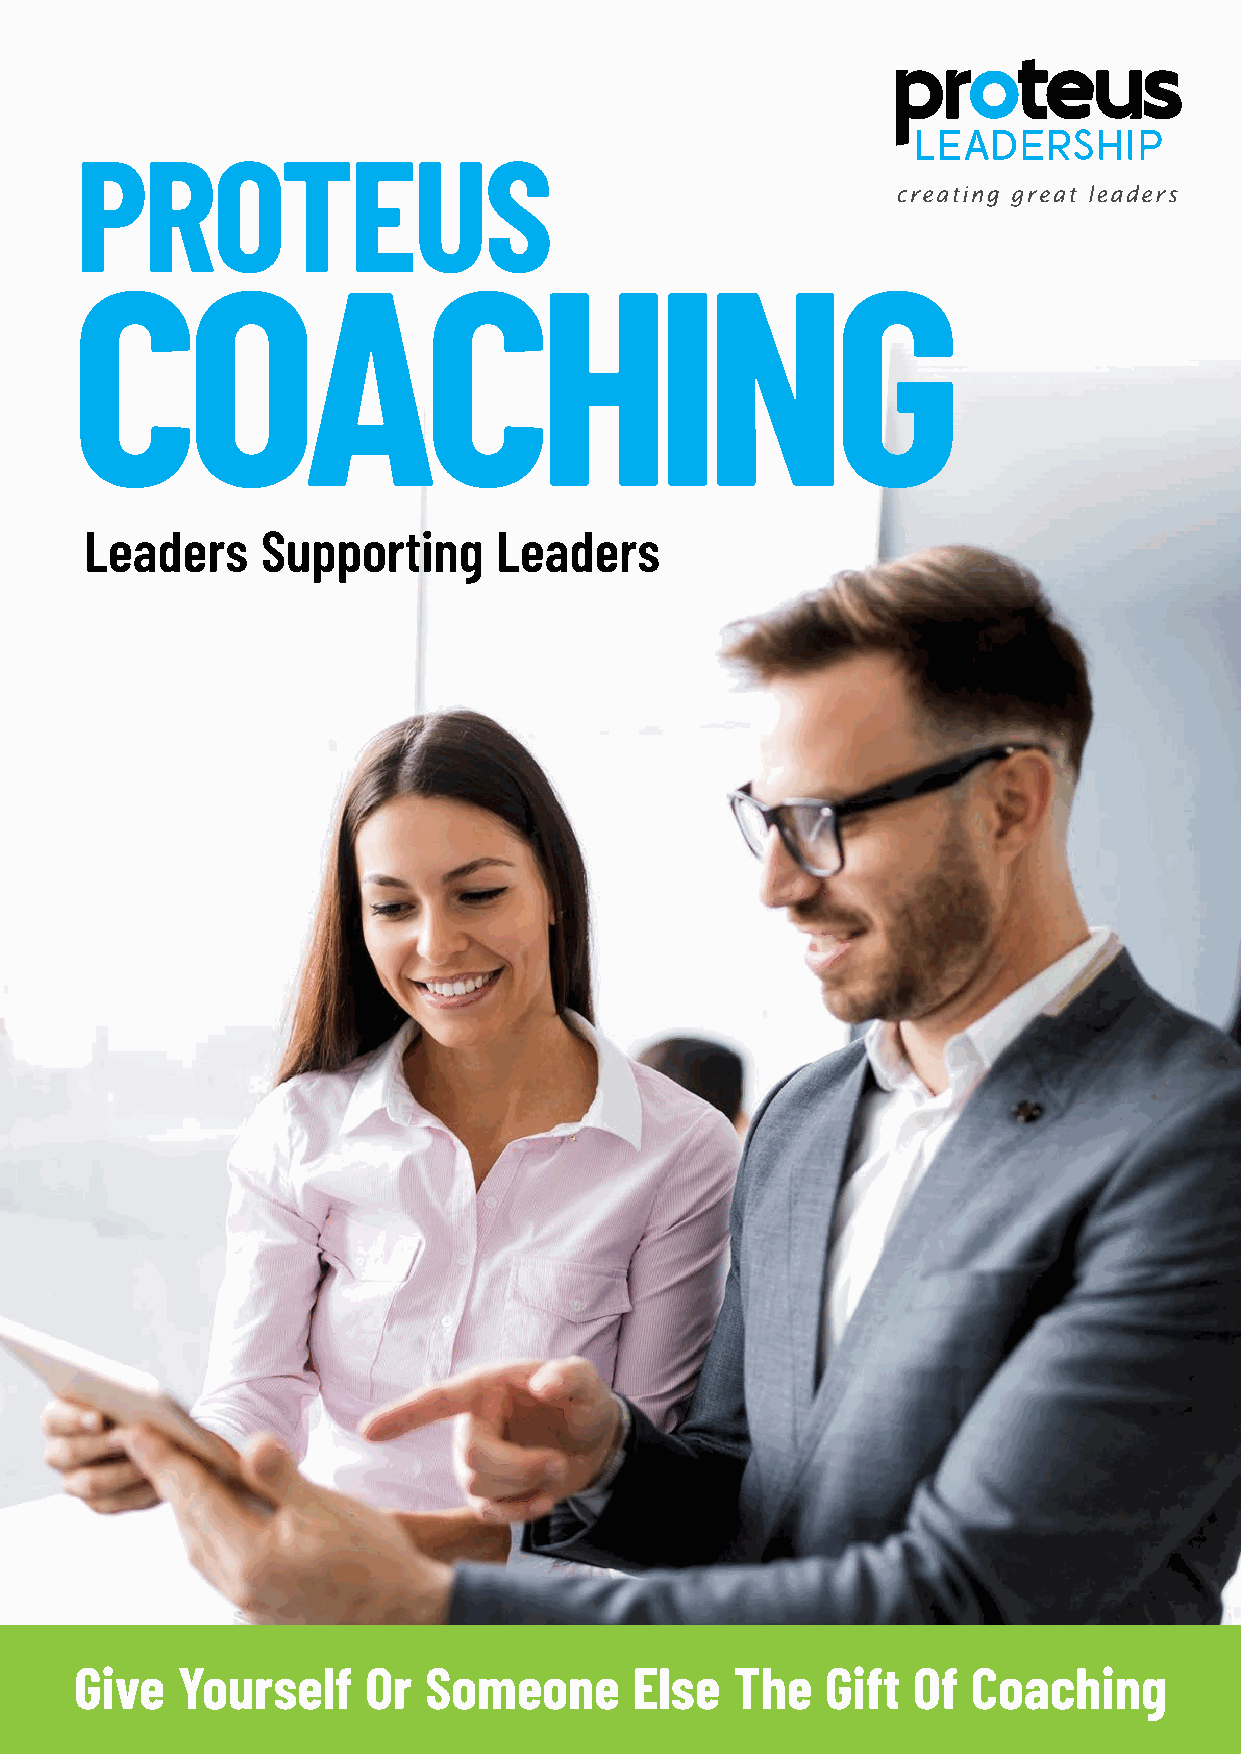
PROTEUS
 COACHING
 Leaders    Supporting      Leaders
 Give   Yourself    Or  Someone       Else   The   Gift Of  Coaching